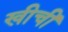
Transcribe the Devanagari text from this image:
खीचीं